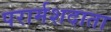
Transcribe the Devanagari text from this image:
परार्मशदाता